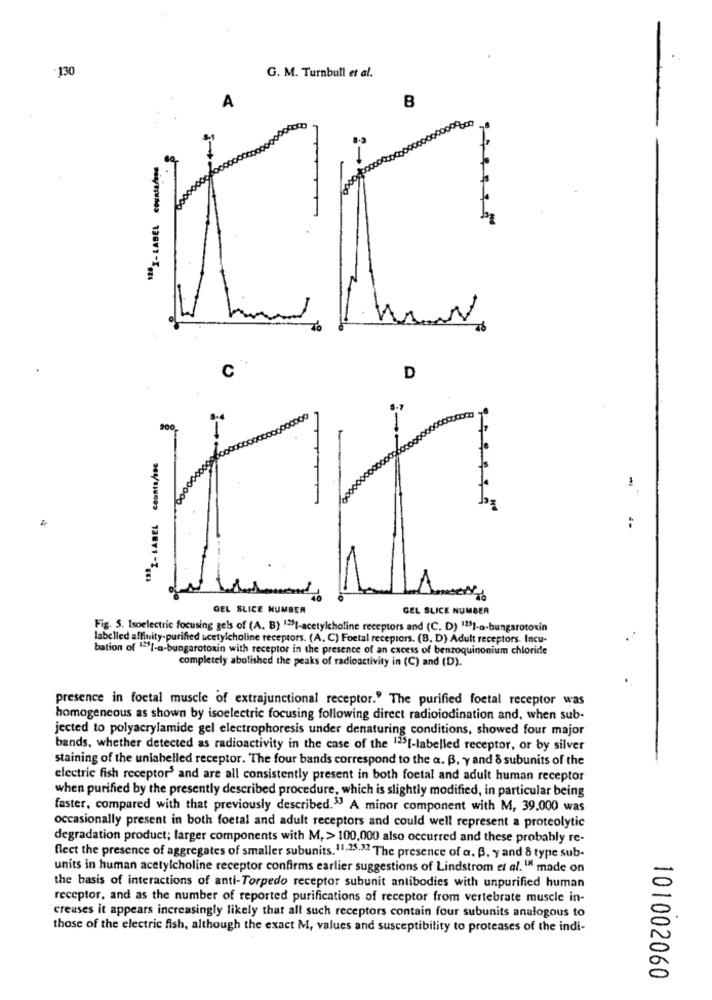
130
G. M. Turnbull et al.
A
B
12 .- LABEL countapps
N
To
C
D
200
1-
1ªª- LABEL counts/inc
:
GEL SLICE NUMBER
GEL SLICE NUMBER
Fig. 5. Isoelectric focusing gels of (A, B) ">I-acetylcholine receptors and (C. D) 1231-a-bungarotoxin
labelled affinity-purified ucetylcholine receptors. (A, C) Foetal receptors. (B. D) Adult receptors. Incu-
bation of ">[-a-bungarotoxin with receptor in the presence of an cacess of benzoquinonium chloride
completely abolished the peaks of radioactivity in (C) and (D).
presence in foetal muscle of extrajunctional receptor." The purified foetal receptor was
homogeneous as shown by isoelectric focusing following direct radioiodination and, when sub-
jected to polyacrylamide gel electrophoresis under denaturing conditions, showed four major
bands, whether detected as radioactivity in the case of the 125[-labelled receptor, or by silver
staining of the unlabelled receptor. The four bands correspond to the a. B. y and & subunits of the
electric fish receptor and are all consistently present in both foetal and adult human receptor
when purified by the presently described procedure, which is slightly modified, in particular being
faster, compared with that previously described."3 A minor component with M, 39.000 was
occasionally present in both foetal and adult receptors and could well represent a proteolytic
degradation product; larger components with M, > 100,000 also occurred and these probably re-
flect the presence of aggregates of smaller subunits. 11-25.32 The presence of a. B. y and 8 type sub-
units in human acetylcholine receptor confirms earlier suggestions of Lindstrom et al." made on
the basis of interactions of anti-Torpedo receptor subunit antibodies with unpurified human
receptor, and as the number of reported purifications of receptor from vertebrate muscle in-
creases it appears increasingly likely that all such receptors contain four subunits analogous to
those of the electric fish, although the exact M, values and susceptibility to proteases of the indi-
101002060